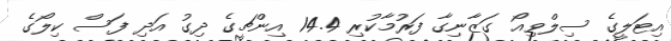
އިޓަލީގެ ސިލްވިއޯ ގަޒާނިގާ ފަރުމާކުރި 14.4 އިންޗީގެ ދިގު އަދި ފަސް ކިލޯގެ